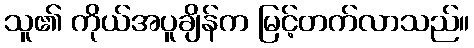
သူ၏ ကိုယ်အပူချိန်က မြင့်တက်လာသည်။